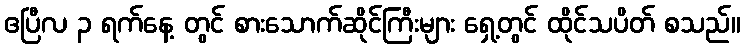
ဧပြီလ ၃ ရက်နေ့ တွင် စားသောက်ဆိုင်ကြီးများ ရှေ့တွင် ထိုင်သပိတ် စသည်။